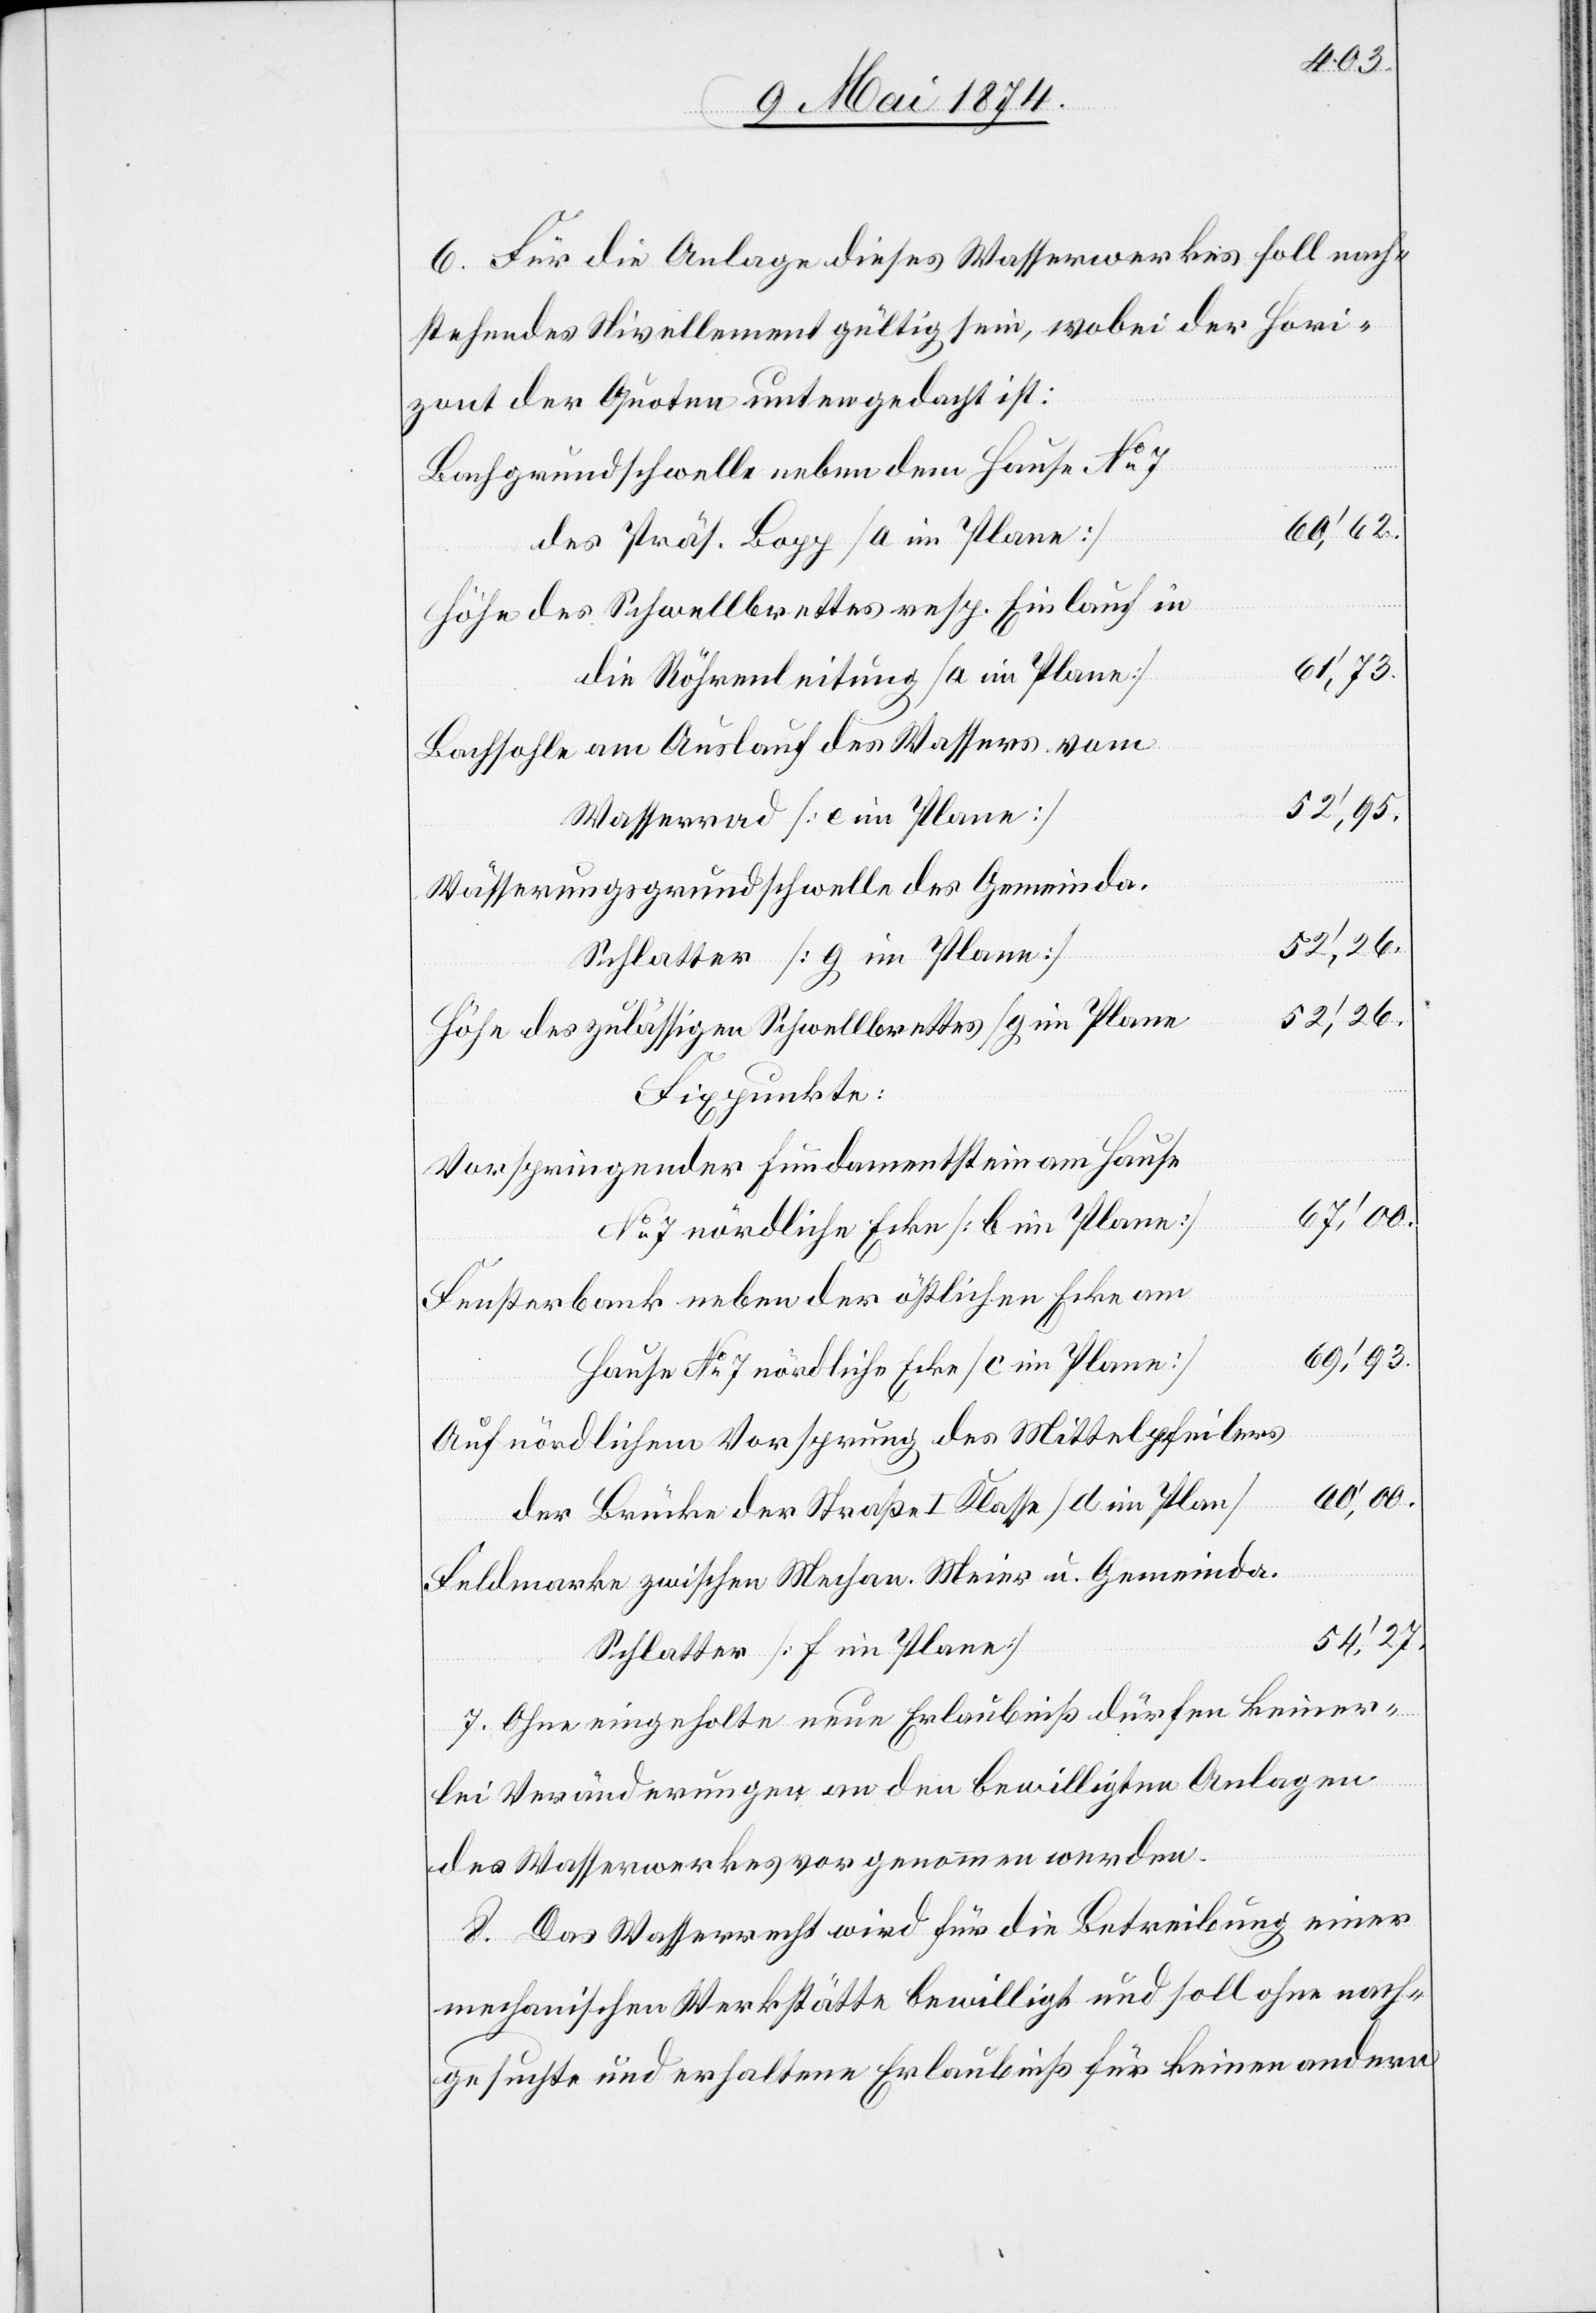
6. Für die Anlage dieses Wasserwerkes soll nach¬
stehendes Nivellement gültig sein, wobei der Hori¬
zont der Quoten untergedacht ist:
60‘,62.
des Präs. Bopp [a im Plane]
des Schwellbrettes resp. Einlauf in
61‘,73.
die Röhrenleitung [a im Plane]
52‘,95.
Wasserrad [e im Plane]
Schlatter [g im Plane]
52‘,26.
des zulässigen Schwellbrettes [g im Plane]
Fixpunkte:
60‘,00.
Hause No7 nördliche Ecke [c im Plane]
nördlichem Vorsprung des Mittelpfeilers
der Brücke der Straße I. Klasse [d im Plan]
54‘,27.
Schlatter [f im Plane]
7. Ohne eingeholte neue Erlaubniß dürfen keiner¬
lei Veränderungen an den bewilligten Anlagen
des Wasserwerkes vorgenommen werden.
8. Das Wasserrecht wird für die Betreibung einer
mechanischen Werkstätte bewilligt und soll ohne nach¬
gesuchte und erhaltene Erlaubniß für keinen andern